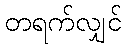
တရက်လျှင်